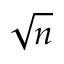
\sqrt { n }